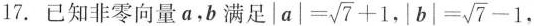
17. 已知非零向量a，b满足 $$\left | a \right | = \sqrt{7} + 1$$,$$\left | b \right |= \sqrt{7} - 1$$ ，